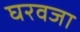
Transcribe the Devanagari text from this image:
घरवजा